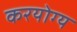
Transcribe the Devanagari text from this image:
करयोग्य